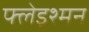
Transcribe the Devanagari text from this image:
फ्लेइश्मन